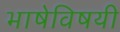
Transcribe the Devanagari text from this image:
भाषेविषयी